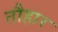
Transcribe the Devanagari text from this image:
तौहार